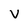
Character: v